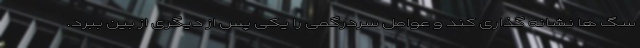
سگ ها نشانه گذاری کند و عوامل سردرگمی را یکی پس از دیگری از بین ببرد.